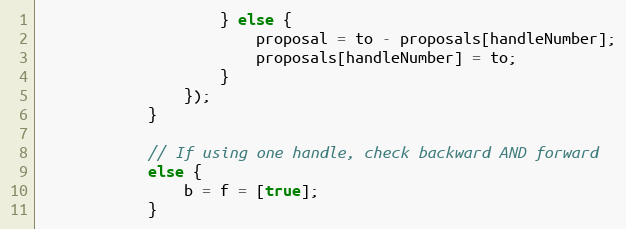
Language: JavaScript
                    } else {
                        proposal = to - proposals[handleNumber];
                        proposals[handleNumber] = to;
                    }
                });
            }

            // If using one handle, check backward AND forward
            else {
                b = f = [true];
            }